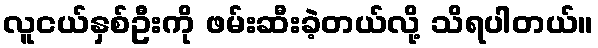
လူငယ်နှစ်ဦးကို ဖမ်းဆီးခဲ့တယ်လို့ သိရပါတယ်။